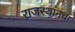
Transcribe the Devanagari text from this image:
राजस्थांनचा